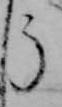
う